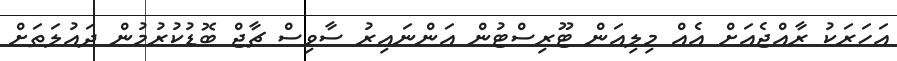
އަހަރަކު ރާއްޖެއަށް އެއް މިލިއަން ޓޫރިސްޓުން އަންނައިރު ސާވިސް ޗާޖް ބޮޑުކުރުމުން ދައުލަތަށް